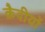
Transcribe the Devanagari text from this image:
क़ैदीयों